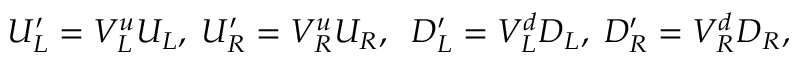
U _ { L } ^ { \prime } = V _ { L } ^ { u } U _ { L } , \; U _ { R } ^ { \prime } = V _ { R } ^ { u } U _ { R } , \; \; D _ { L } ^ { \prime } = V _ { L } ^ { d } D _ { L } , \; D _ { R } ^ { \prime } = V _ { R } ^ { d } D _ { R } , \; \;